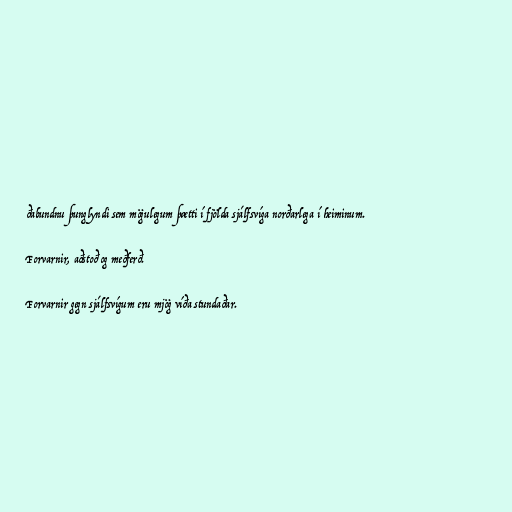
ðabundnu þunglyndi sem mögulegum þætti í fjölda sjálfsvíga norðarlega í heiminum.

Forvarnir, aðstoð og meðferð.

Forvarnir gegn sjálfsvígum eru mjög víða stundaðar.